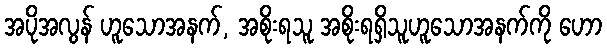
အပိုအလွန် ဟူသောအနက်, အစိုးရသူ အစိုးရရှိသူဟူသောအနက်ကို ဟော